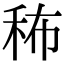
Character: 𥞎